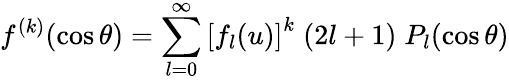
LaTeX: f^{(k)}(\cos\theta)=\sum_{l=0}^{\infty}\left[f_{l}(u)\right]^{k}\; (2l+1)\; P_{l}(\cos\theta)